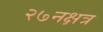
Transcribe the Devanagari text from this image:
२७नक्षत्र